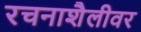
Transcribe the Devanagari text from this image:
रचनाशैलीवर